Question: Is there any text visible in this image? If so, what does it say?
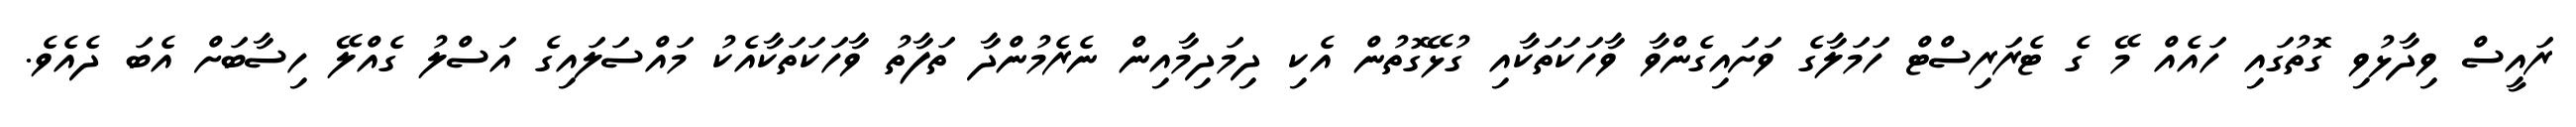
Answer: ރައީސް ވިދާޅުވި ގޮތުގައި ހައެއް މޭ ގެ ޓެރަރިސްޓް ހަމަލާގެ ވަށައިގެންވާ ވާހަކަތަކާއި ގުޅޭގޮތުން އެކި ދިމަދިމާއިން ނެރެމުންދާ ތަފާތު ވާހަކަތަކާއެކު މައްސަލައިގެ އަސްލު ގެއްލޭ ހިސާބަށް އެބަ ދެއެވެ.